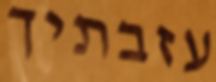
עזבתיך